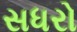
સધરો